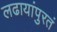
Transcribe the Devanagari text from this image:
लढायांपुरतं